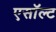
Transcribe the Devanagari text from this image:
एसॉल्ट